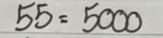
55 = 5000